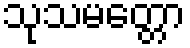
သုသမတ္တော